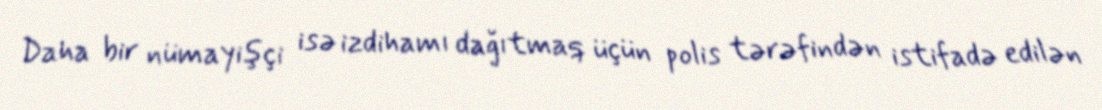
Daha bir nümayişçi isə izdihamı dağıtmaq üçün polis tərəfindən istifadə edilən